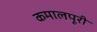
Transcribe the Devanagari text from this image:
कमालपूरी